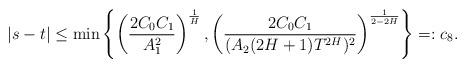
LaTeX: \begin{align*}|s-t|\le \min\left\{\left(\frac{2C_0C_1}{A_1^2}\right)^{\frac{1}{H}},\left(\frac{2C_0C_1}{(A_2(2H+1)T^{2H})^2}\right)^{\frac{1}{2-2H}}\right\}=:c_8.\end{align*}